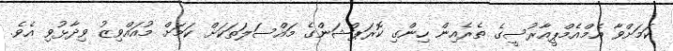
ކަމަށްވާ އެމްއެމްޕީއާރުސީގެ ތެރެއިން ހިންގި ކޮރަޕްޝަންގެ މައްސަލަތަކަށް ކަމަށް މުއައްވިޒު ވިދާޅުވި އެވެ.